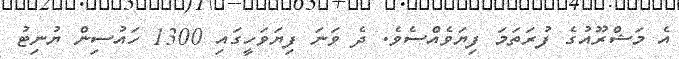
އެ މަޝްރޫއުގެ ފުރަތަމަ ފިޔަވެއްސެވެ. ދެ ވަނަ ފިޔަވަހީގައި 1300 ހައުސިން ޔުނިޓު